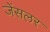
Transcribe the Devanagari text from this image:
जेंसलर